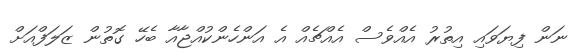
ނަން ފިޔަވައި އިތުރު އެއްވެސް އެއްޗެއް އެ އަންހެންކުއްޖާއާ ބެހޭ ގޮތުން ޒަލަފްއަށް